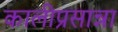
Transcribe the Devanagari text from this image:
कालीप्रसान्ना